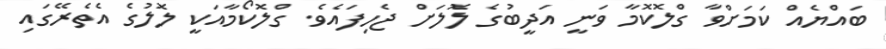
ބައްޔެއް ކަމަށްވާ ގްލޮކޮމާ ވަނީ އަދީބުގެ ލޮލަށް ޖެހިފައެވެ. ގްލޮކޯމާއަކީ ލޮލުގެ އެތެރޭގައި